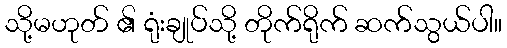
သို့မဟုတ် ၏ ရုံးချုပ်သို့ တိုက်ရိုက် ဆက်သွယ်ပါ။